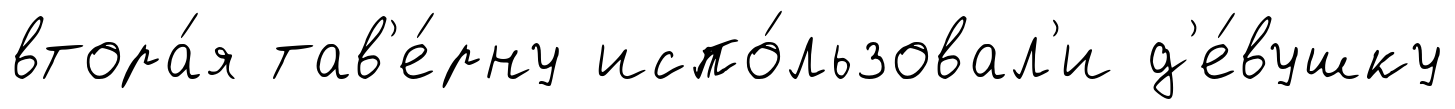
втора́я тав'е́рну испо́льзовал'и д'е́вушку